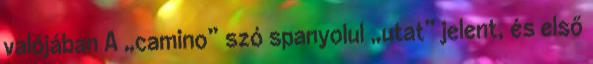
valójában A „camino” szó spanyolul „utat” jelent, és első